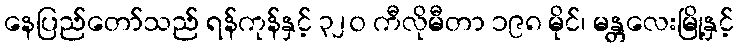
နေပြည်တော်သည် ရန်ကုန်နှင့် ၃၂၀ ကီလိုမီတာ ၁၉၈ မိုင်၊ မန္တလေးမြို့နှင့်